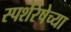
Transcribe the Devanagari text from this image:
स्पर्शरेषेच्या